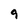
Character: 9